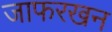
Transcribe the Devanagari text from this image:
जाफरखन